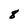
Character: 8